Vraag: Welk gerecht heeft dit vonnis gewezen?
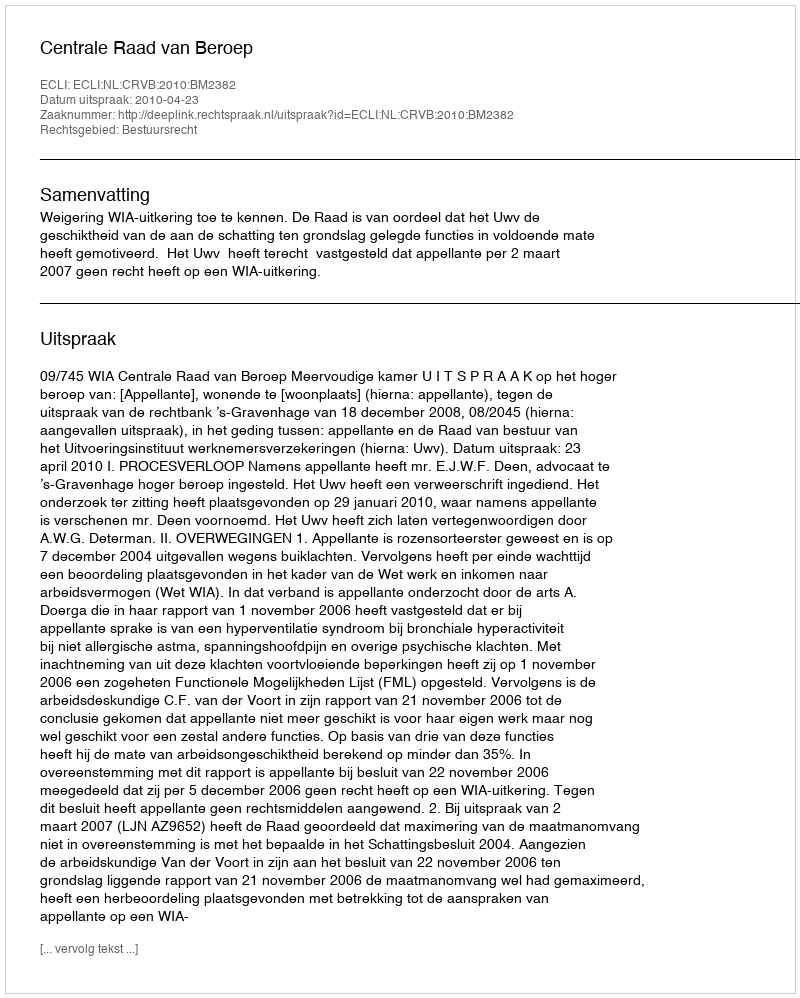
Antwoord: Centrale Raad van Beroep